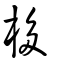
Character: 栘